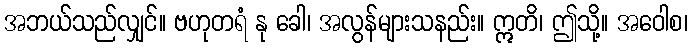
အဘယ်သည်လျှင်။ ဗဟုတရံ နု ခေါ၊ အလွန်များသနည်း။ ဣတိ၊ ဤသို့။ အဝေါစ၊